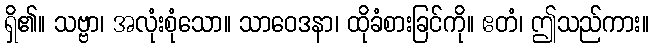
ရှိ၏။ သဗ္ဗာ၊ အလုံးစုံသော။ သာဝေဒနာ၊ ထိုခံစားခြင်ကို။ ဧတံ၊ ဤသည်ကား။